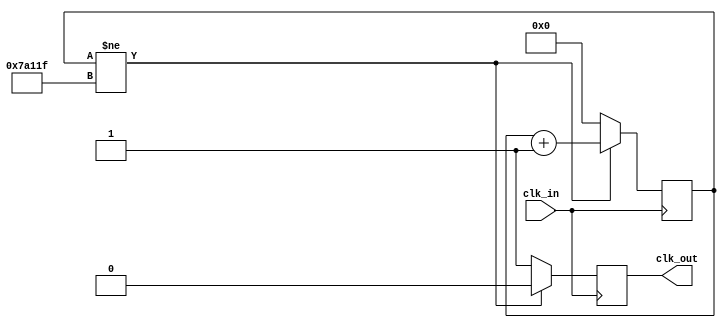
`timescale 1ns / 1ps
//////////////////////////////////////////////////////////////////////////////////
// Company: 
// Engineer: 
// 
// Design Name: 
// Module Name: slowclock
// Project Name: 
// Target Devices: 
// Tool Versions: 
// Description: 
// 
// Dependencies: 
// 
// Revision:
// Revision 0.01 - File Created
// Additional Comments:
// 
//////////////////////////////////////////////////////////////////////////////////


module slowclock (input clk_in,
output reg clk_out); //Clock input of the design, output clock
    reg [20:0] period_count = 0;
    
    always @ (posedge clk_in) //We trigger the clock with respect to positive (rising) edge of the clock.
    if (period_count != 500000 - 1) //If the statement is not true, period_count not equivalent to 499000.
    begin
        period_count <= period_count + 1; //Increment period_count by 1.
        clk_out <= 0; //clk_out gets 0.
    end
    else //If above statement is true
    begin
        period_count <= 0; // period_count gets 0
        clk_out <= 1; // clk_out gets 1.
    end
endmodule